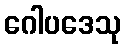
ဂေါပဒေသု